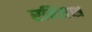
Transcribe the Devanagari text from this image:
रन्जिश